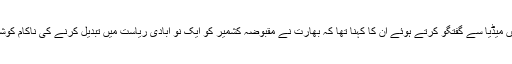
مانچسٹر میں میڈیا سے گفتگو کرتے ہوئے ان کا کہنا تھا کہ بھارت نے مقبوضہ کشمیر کو ایک نو آبادی ریاست میں تبدیل کرنے کی ناکام کوشش کی ہے۔